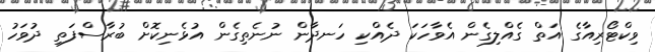
ވިކްޓޯރިއާގެ އަތް ގެއްލިގެން އެވާހަކަ ދެއްކި ހަނދާން ނުނެތިގެން އުޅެނިކޮށް ބުރާސްފަތި ދުވަހު